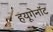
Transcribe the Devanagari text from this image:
हयूगेनॉट